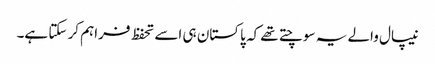
نیپال والے یہ سوچتے تھے کہ پاکستان ہی اسے تحفظ فراہم کر سکتا ہے۔